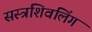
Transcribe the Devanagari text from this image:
सस्त्रशिवलिंग